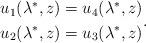
LaTeX: \begin{align*}\begin{aligned}u_1(\lambda^*,z)=u_4(\lambda^*,z)\\u_2(\lambda^*,z)=u_3(\lambda^*,z)\end{aligned}.\end{align*}